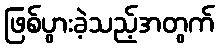
ဖြစ်ပွားခဲ့သည့်အတွက်